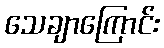
သေချာကြောင်း